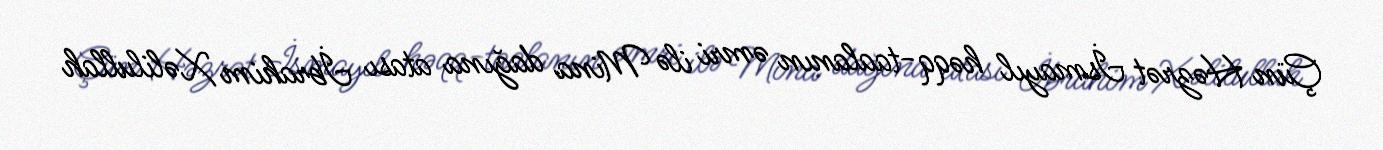
Çün Həzrət İsmayıl həqq-taalanın əmri ilə Mina dağına atası İbrahim Xəlilullah